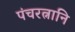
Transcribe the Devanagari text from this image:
पंचरत्नानि